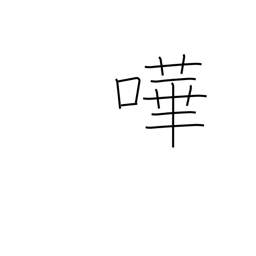
Meaning: noisy